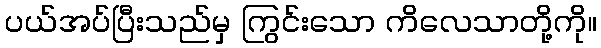
ပယ်အပ်ပြီးသည်မှ ကြွင်းသော ကိလေသာတို့ကို။